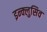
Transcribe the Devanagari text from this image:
इन्क्लुसिव